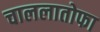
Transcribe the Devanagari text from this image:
चाललातोफा